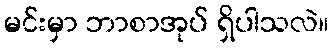
မင်းမှာ ဘာစာအုပ် ရှိပါသလဲ။